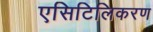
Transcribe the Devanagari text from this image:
एसिटिलिकरण